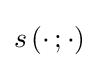
s\left(\cdot \,;\cdot \right)